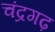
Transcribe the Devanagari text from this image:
चंद्रगढ़